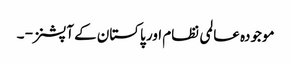
موجودہ عالمی نظام اور پاکستان کے آپشنز - ۔